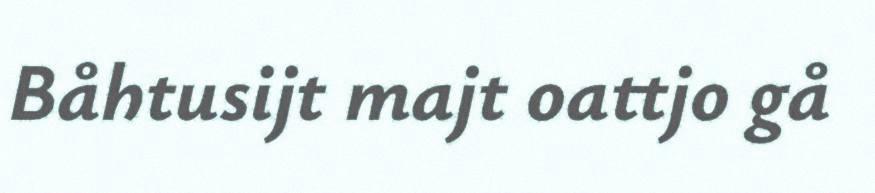
Båhtusijt majt oattjo gå